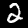
Digit: 2